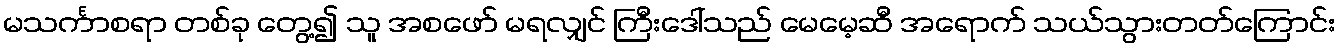
မသင်္ကာစရာ တစ်ခု တွေ့၍ သူ အစဖော် မရလျှင် ကြီးဒေါ်သည် မေမေ့ဆီ အရောက် သယ်သွားတတ်ကြောင်း